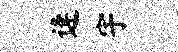
逄宇